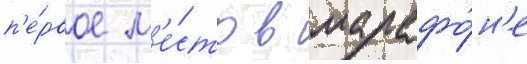
п'е́рвое м'е́сто в марафо́н'е